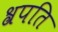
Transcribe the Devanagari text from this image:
श्रपति